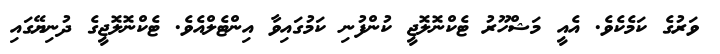
ވަރުގެ ކަމެކެވެ. އެއީ މަޝްހޫރު ޓެކްނޮލޮޖީ ކުންފުނި ކަމުގައިވާ އިންޓެލްއެވެ. ޓެކްނޮލޮޖީގެ ދުނިޔޭގައި